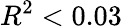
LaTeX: R^{2}<0.03